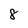
Character: 8